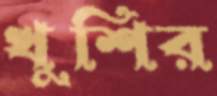
খুশির